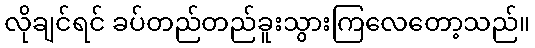
လိုချင်ရင် ခပ်တည်တည်ခူးသွားကြလေတော့သည်။